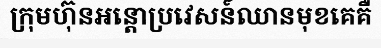
ក្រុមហ៊ុនអន្តោប្រវេសន៍ឈានមុខគេគឺ